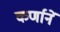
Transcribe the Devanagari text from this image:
कर्णानें